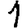
Digit: 1